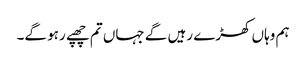
ہم وہاں کھڑے رہیں گے جہاں تم چھپے رہو گے۔